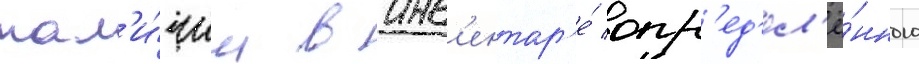
нал'и́чии в инв'ентар'е́ опр'ед'ел'ё́нного